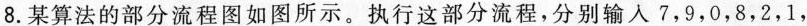
8.某算法的部分流程图如图所示。执行这部分流程，分别输入7,9,0,8,2,1，